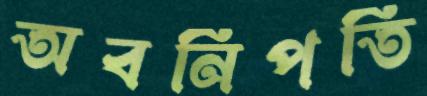
অবনিপতি